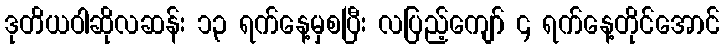
ဒုတိယဝါဆိုလဆန်း ၁၃ ရက်နေ့မှစပြီး လပြည့်ကျော် ၄ ရက်နေ့တိုင်အောင်